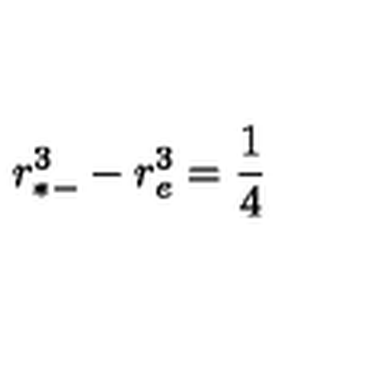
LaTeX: r _ { * - } ^ { 3 } - r _ { e } ^ { 3 } = { \frac { 1 } { 4 } }